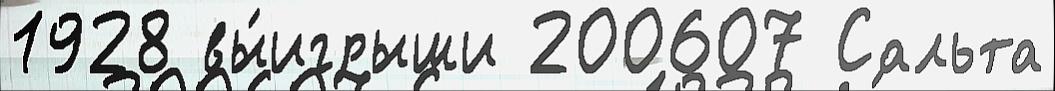
1928 вы́игрыши 200607 Сальта